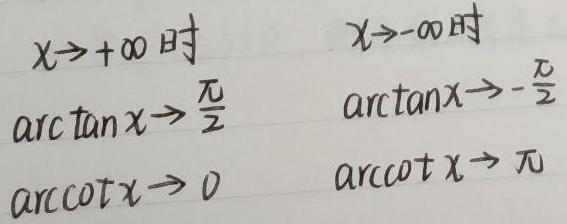
\begin{align*}
x\to +\infty \text{ 时}& & x\to -\infty \text{ 时}\\
\arctan x\to \frac{\pi}{2}& & \arctan x\to -\frac{\pi}{2}\\
\arccot x\to 0& & \arccot x\to \pi
\end{align*}